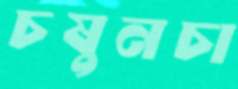
চষুনচা